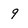
Character: 9